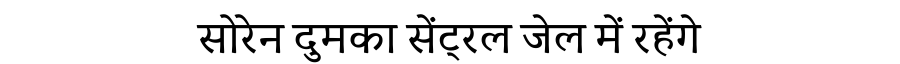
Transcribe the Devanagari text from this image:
सोरेन दुमका सेंट्रल जेल में रहेंगे